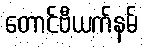
တောင်ဗီယက်နမ်